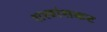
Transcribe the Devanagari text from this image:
शस्त्रांसकट